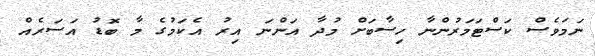
ނަމަވެސް ކަސްޓަމަރުންނާ ހިސާބަށް މުދާ އަންނަ އިރު އެކަމުގެ މާ ބޮޑު އަސަރެއް